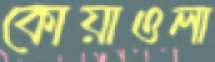
কোয়াওলা